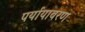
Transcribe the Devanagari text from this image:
पर्यायावरण